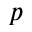
p